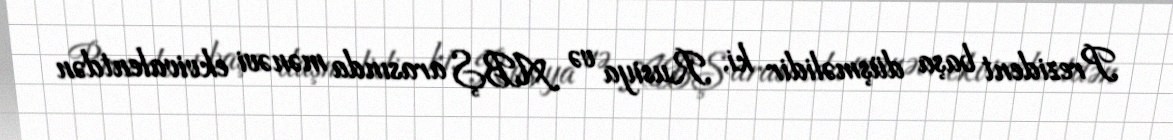
Prezident başa düşməlidir ki, Rusiya və ABŞ arasında mənəvi ekvivalentdən